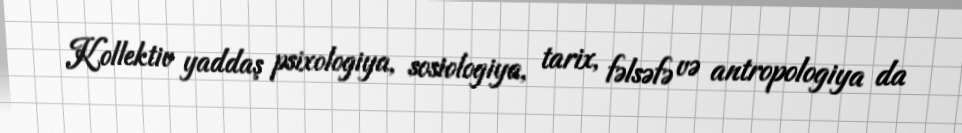
Kollektiv yaddaş psixologiya, sosiologiya, tarix, fəlsəfə və antropologiya da